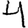
Digit: 4